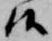
候